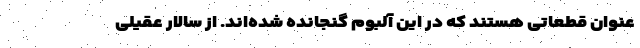
عنوان قطعاتی هستند که در این آلبوم گنجانده شده‌اند. از سالار عقیلی